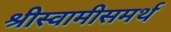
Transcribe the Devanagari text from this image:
श्रीस्वामीसमर्थ